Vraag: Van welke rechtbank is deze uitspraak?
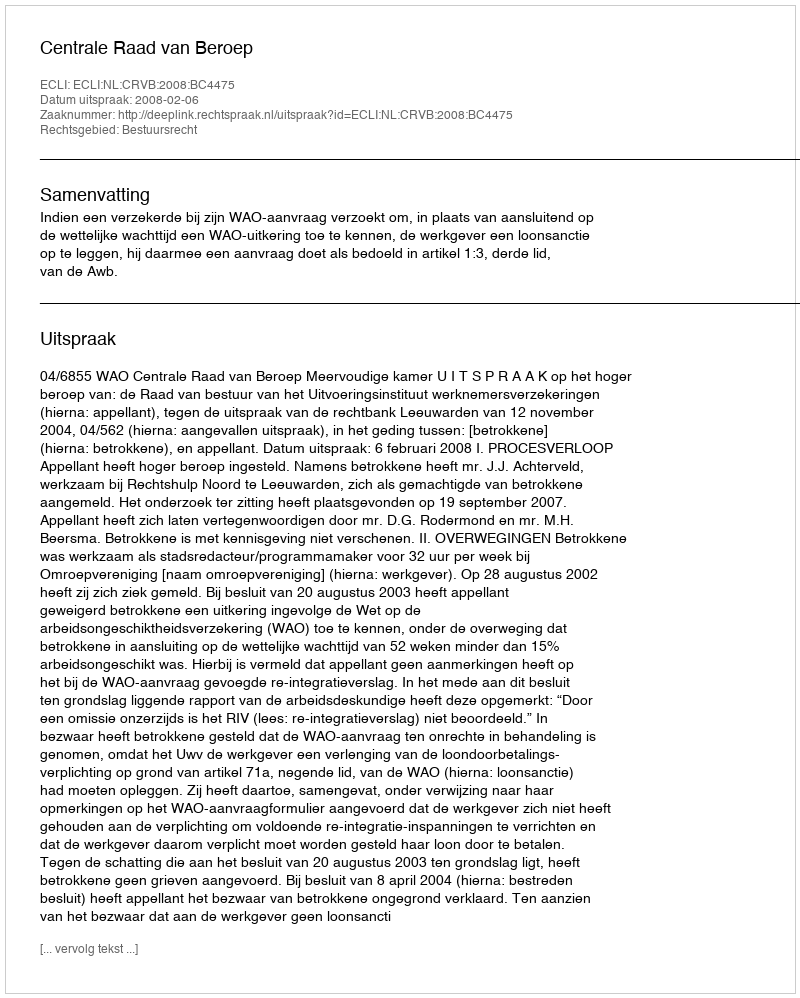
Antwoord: Centrale Raad van Beroep